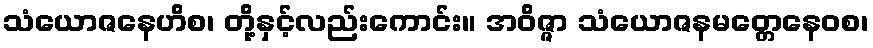
သံယောဇနေဟိစ၊ တို့နှင့်လည်းကောင်း။ အဝိဇ္ဇာ သံယောဇနမတ္တေနေဝစ၊